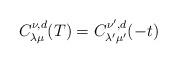
LaTeX: \begin{align*}C_{\lambda \mu }^{\nu ,d}(T)=C_{\lambda ^{\prime }\mu ^{\prime }}^{\nu^{\prime },d}(-t) \end{align*}